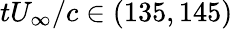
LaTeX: tU_{\infty}/c\in(135,145)